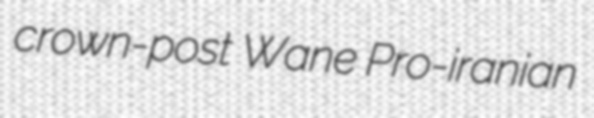
crown-post Wane Pro-iranian